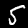
Label: 5